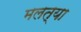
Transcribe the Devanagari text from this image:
मलत्या